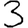
Digit: 3